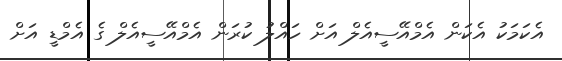
އެކަމަކު އެކަން އެމްއޭސީއެލް އަށް ހައްލު ކުރަން އެމްއޭސީއެލް ގެ އެމްޑީ އަށް